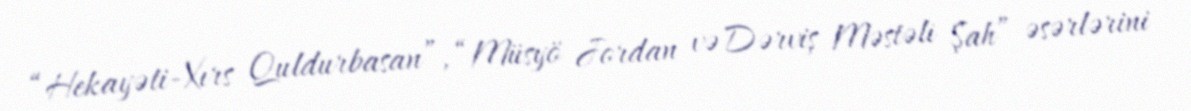
“Hekayəti-Xırs Quldurbasan”, “Müsyö Jordan və Dərviş Məstəli Şah” əsərlərini